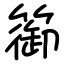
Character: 篽